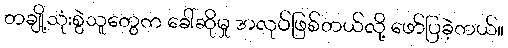
တချို့သုံးစွဲသူတွေက ခေါ်ဆိုမှု အလုပ်ဖြစ်တယ်လို့ ဖော်ပြခဲ့တယ်။